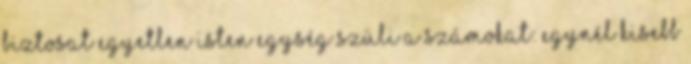
biztosat Egyetlen isten Egység szüli a számokat: egynél kisebb